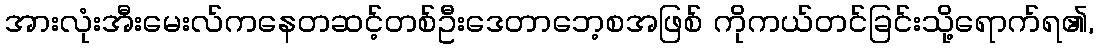
အားလုံးအီးမေးလ်ကနေတဆင့်တစ်ဦးဒေတာဘေ့စအဖြစ် ကိုကယ်တင်ခြင်းသို့ရောက်ရ၏,